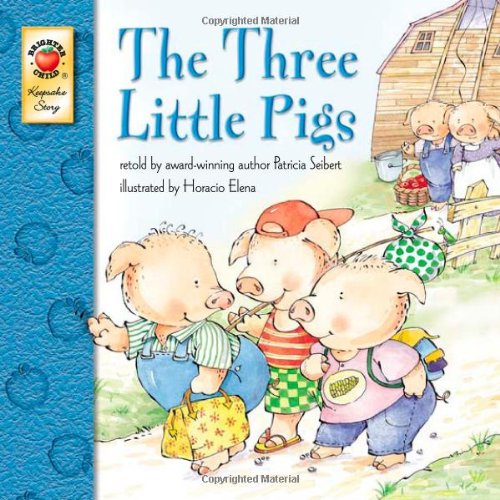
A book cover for The Three Little Pigs; Patricia Seibert; Children's Books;